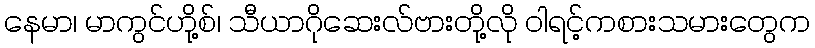
နေမာ၊ မာကွင်ဟို့စ်၊ သီယာဂိုဆေးလ်ဗားတို့လို ဝါရင့်ကစားသမားတွေက